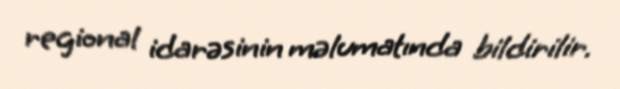
regional idarəsinin məlumatında bildirilir.